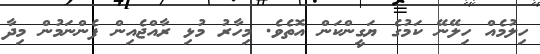
ހިލުމެއް ހިލޭނޭ ކަމުގެ ޔަގީންކަން އޮތެވެ. މިހާރު މުޅި ރާއްޖެއިން ފެންނަމުން މިދާ